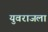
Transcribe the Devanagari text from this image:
युवराजला